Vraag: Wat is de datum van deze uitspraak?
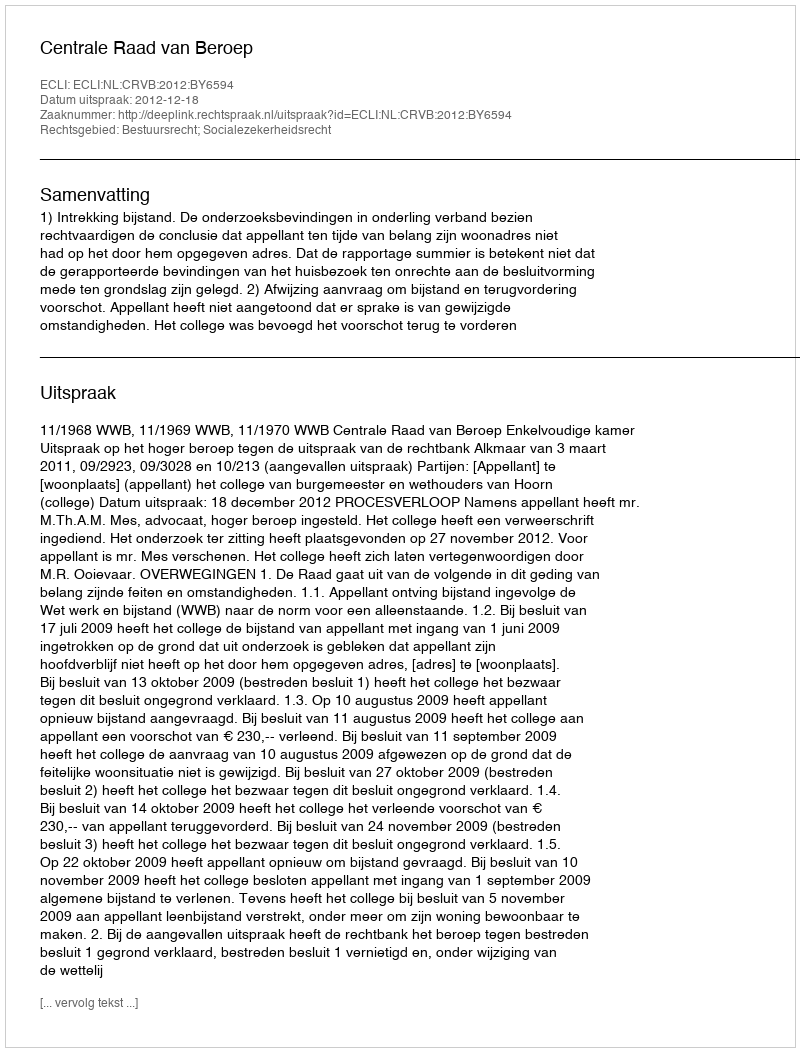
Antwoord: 2012-12-18